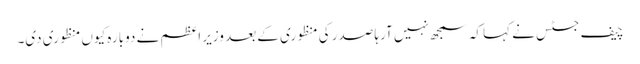
چیف جسٹس نے کہا کہ سمجھ نہیں آرہا صدر کی منظوری کے بعد وزیر اعظم نے دوبارہ کیوں منظوری دی۔